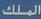
الملك